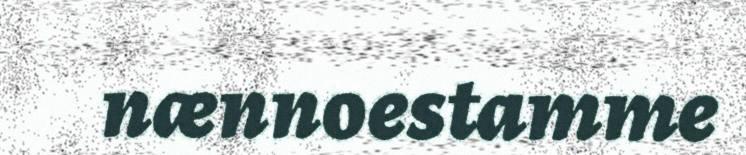
nænnoestamme